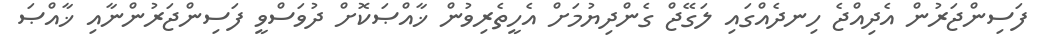
ފަސިންޖަރުން އެދިއްޖެ ހިނދެއްގައި ލަގޭޖް ގެންދިޔުމަށް އެހީތެރިވުން ޚާއްޞަކޮށް ދުވަސްވީ ފަސިންޖަރުންނާއި ޚާއްޞަ